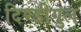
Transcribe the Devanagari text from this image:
दिण्डीगुल